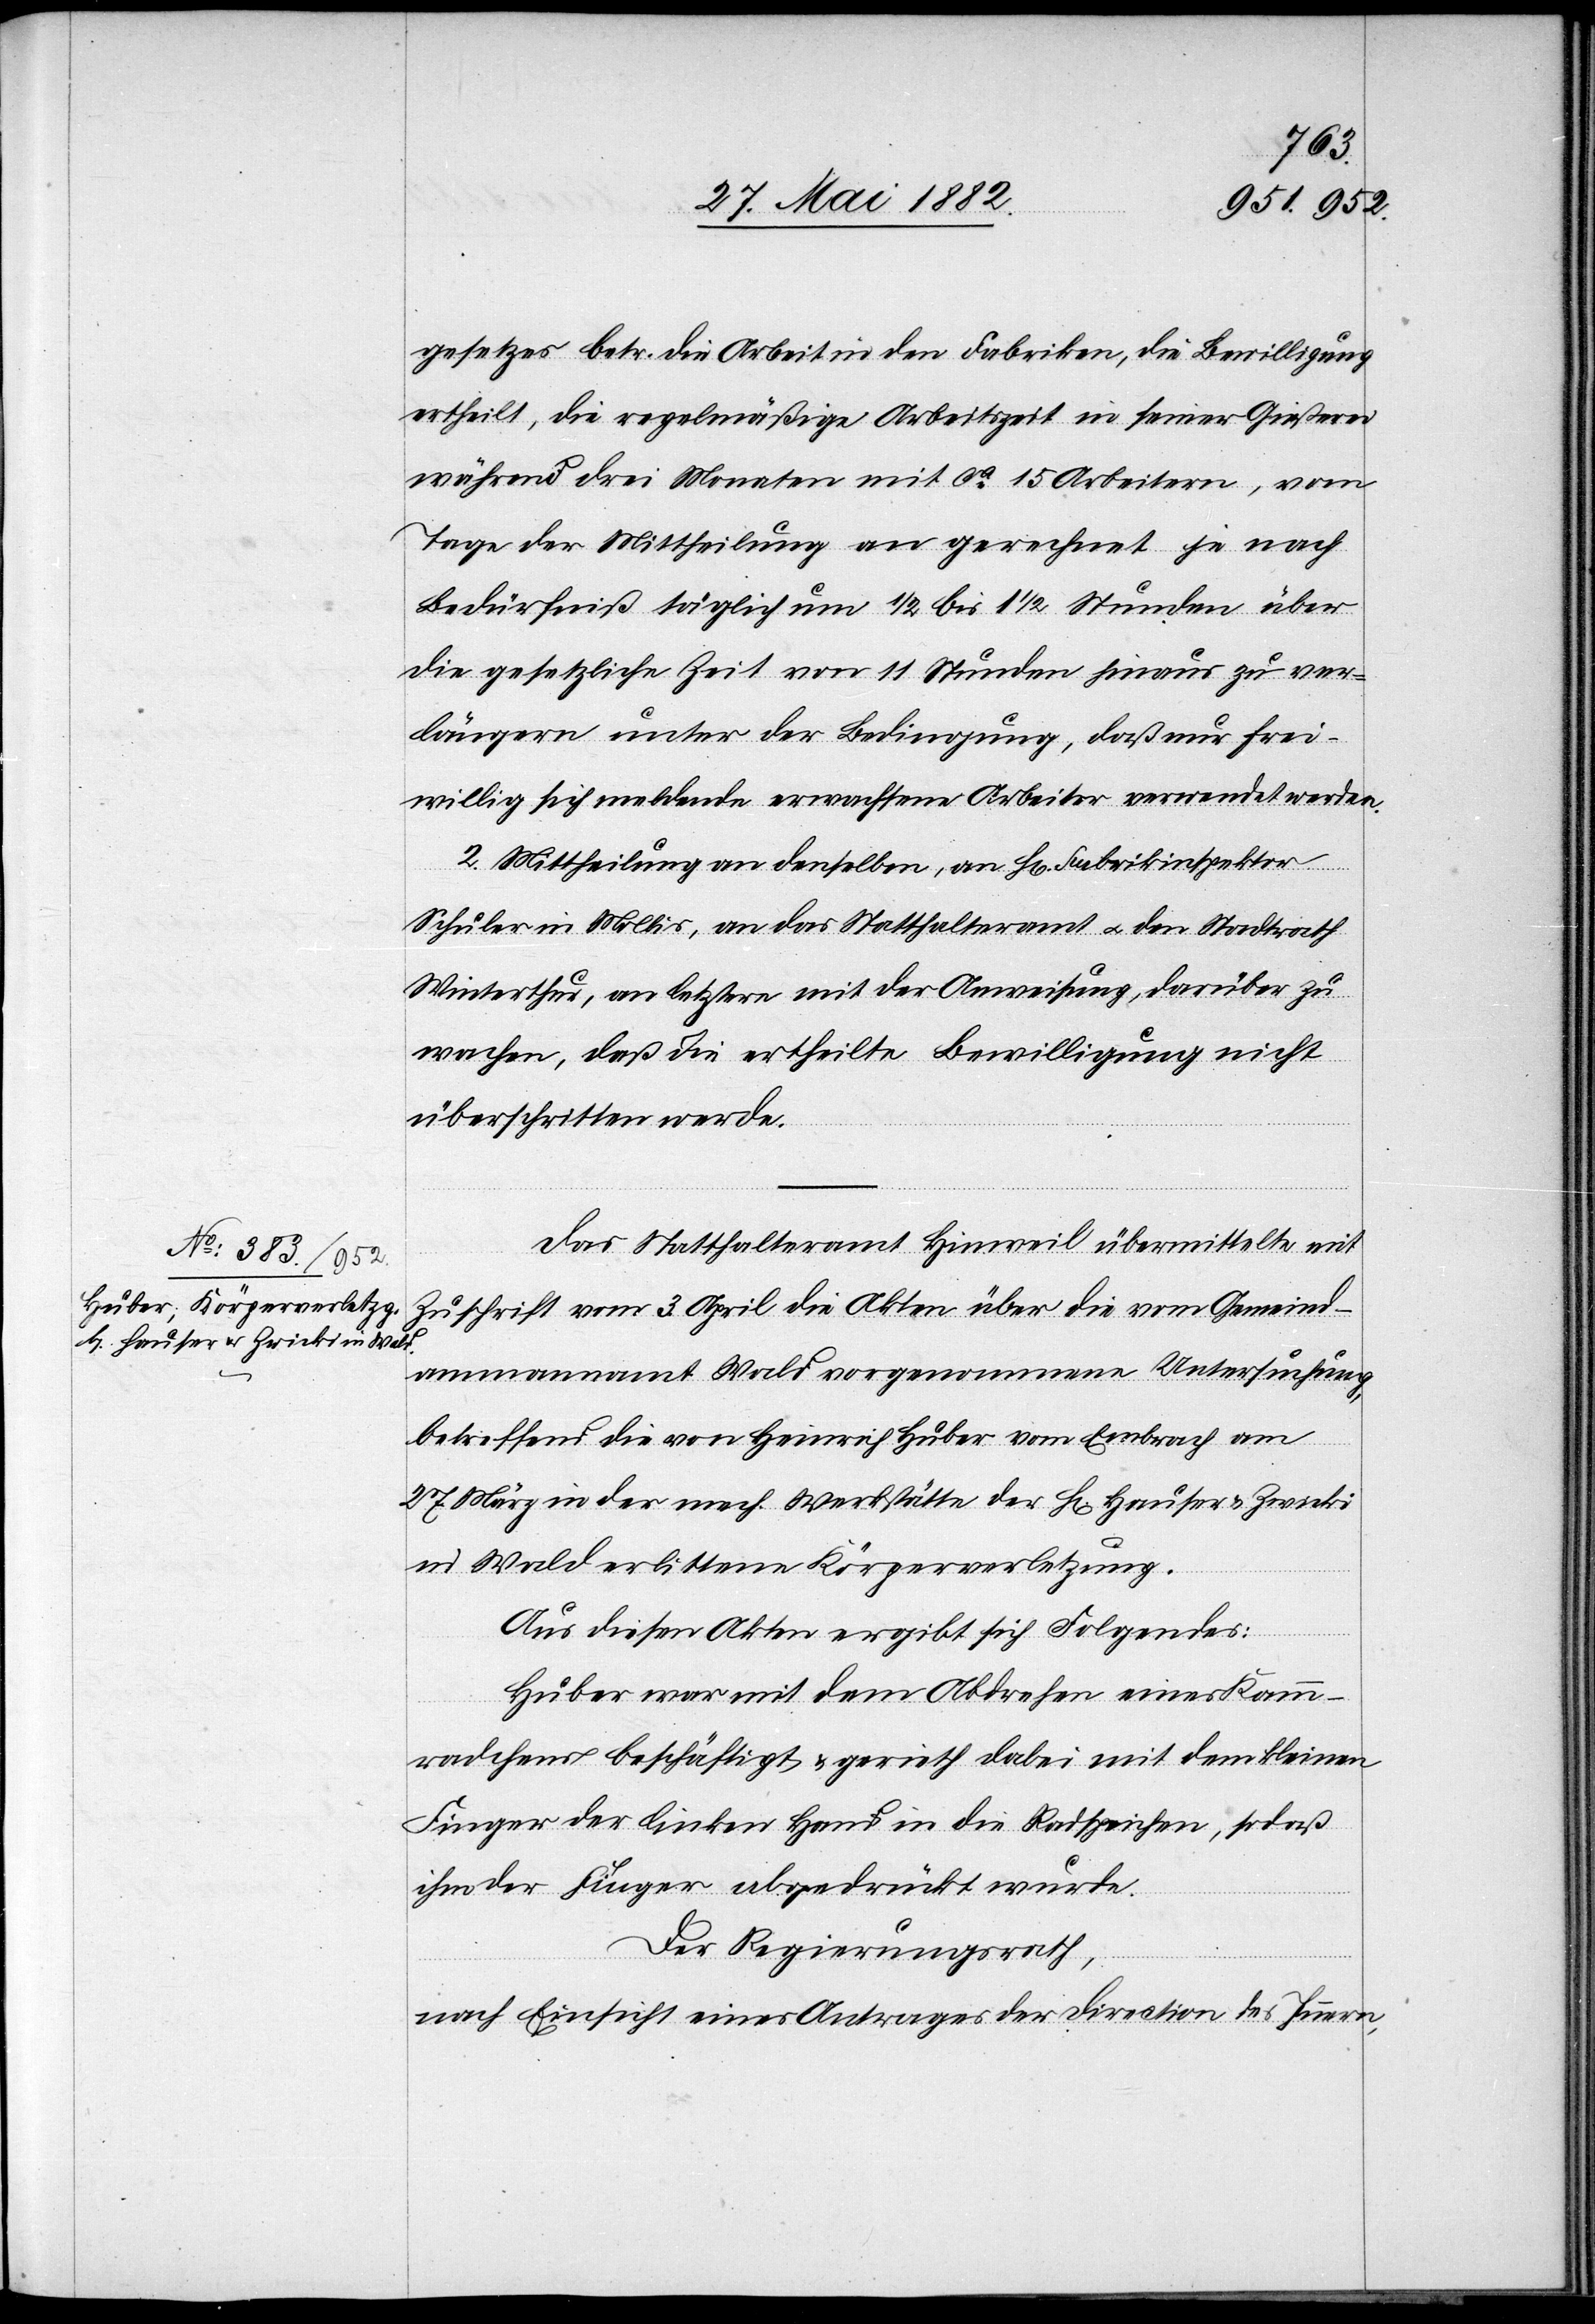
gesetzes betr. die Arbeit in den Fabriken, die Bewilligung
ertheilt, die regelmäßige Arbeitszeit in seiner Gießerei
während drei Monaten mit ca 15 Arbeitern, vom
Tage der Mittheilung an gerechnet, je nach
Bedürfniß täglich um 1/2 bis 1 1/2 Stunden über
die gesetzliche Zeit von 11 Stunden hinaus zu ver¬
längern unter der Bedingung, daß nur frei¬
willig sich meldende erwachsene Arbeiter verwendet werden.
2. Mittheilung an denselben, an H[rn]. Fabrikinspektor
Schuler in Mollis, an das Statthalteramt u. den Stadtrath
Winterthur, an letztere mit der Anweisung, darüber zu
wachen, daß die ertheilte Bewilligung nicht
überschritten werde.
Das Statthalteramt Hinweil übermittelte mit
Zuschrift vom 3. April die Akten über die vom Gemeind¬
ammannamt Wald vorgenommene Untersuchung,
betreffend die von Heinrich Huber vom [sic!] Embrach am
27. März in der mech. Werkstätte der H[rn]. Hauser & Zwicki
in Wald erlittene Körperverletzung.
Aus diesen Akten ergibt sich Folgendes:
Huber war mit dem Abdrehen eines Kamm¬
rädchens beschäftigt & gerieth dabei mit dem kleinen
Finger der linken Hand in die Radspeichen, sodaß
ihm der Finger abgedrückt wurde.
Der Regierungsrath,
nach Einsicht eines Antrages der Direction des Innern,